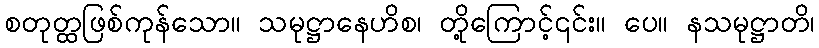
စတုတ္ထဖြစ်ကုန်သော။ သမုဋ္ဌာနေဟိစ၊ တို့ကြောင့်၎င်း။ ပေ။ နသမုဋ္ဌာတိ၊